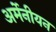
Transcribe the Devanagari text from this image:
अर्मेनीयन